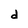
Character: d